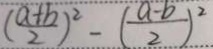
( \frac { a + b } { 2 } ) ^ { 2 } - ( \frac { a - b } { 2 } ) ^ { 2 }